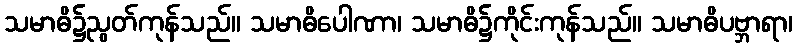
သမာဓိ၌ညွတ်ကုန်သည်။ သမာဓိပေါဏာ၊ သမာဓိ၌ကိုင်းကုန်သည်။ သမာဓိပဗ္ဘာရာ၊